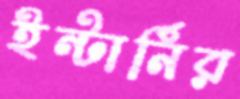
ইন্টার্নির